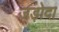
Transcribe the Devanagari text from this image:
जड़ोदा